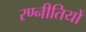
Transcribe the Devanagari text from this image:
रण्नीतियों